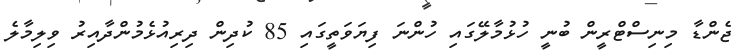
ޖެންޑާ މިނިސްޓްރީން ބުނީ ހުޅުމާލޭގައި ހުންނަ ފިޔަވަތީގައި 85 ކުދިން ދިރިއުޅެމުންދާއިރު ވިލިމާލެ